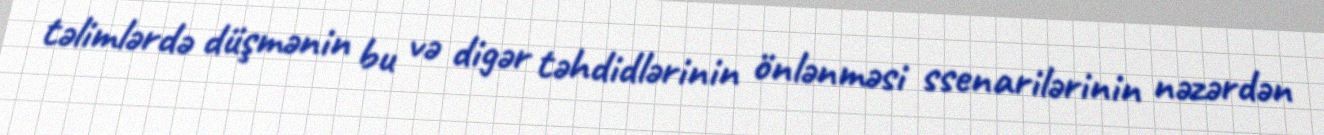
təlimlərdə düşmənin bu və digər təhdidlərinin önlənməsi ssenarilərinin nəzərdən